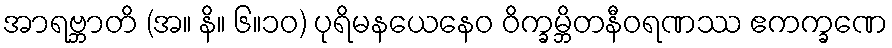
အာရဗ္ဘာတိ (အ။ နိ။ ၆။၁၀) ပုရိမနယေနေဝ ဝိက္ခမ္ဘိတနီဝရဏဿ ဧကက္ခဏေ